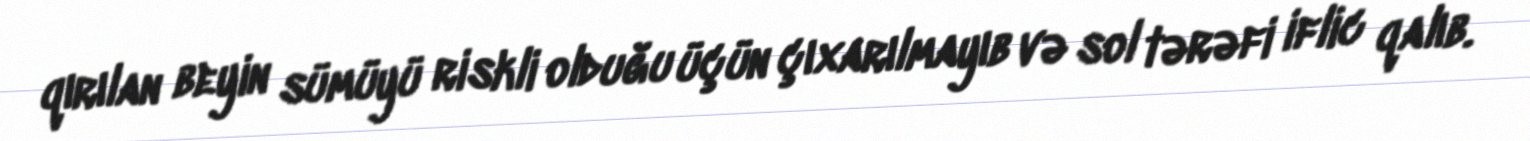
qırılan beyin sümüyü riskli olduğu üçün çıxarılmayıb və sol tərəfi iflic qalıb.